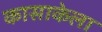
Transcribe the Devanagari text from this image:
कासाकेला